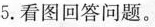
5.看图回答问题。